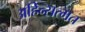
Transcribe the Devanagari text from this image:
अहिन्सत्मत